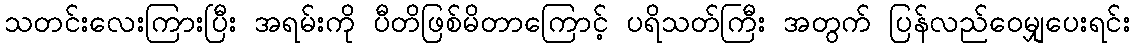
သတင်းလေးကြားပြီး အရမ်းကို ပီတိဖြစ်မိတာကြောင့် ပရိသတ်ကြီး အတွက် ပြန်လည်ဝေမျှပေးရင်း